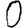
Digit: 0